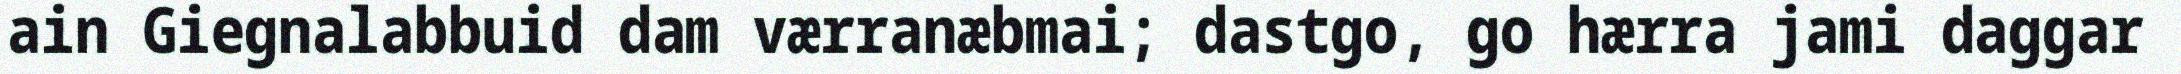
ain Giegnalabbuid dam værranæbmai; dastgo, go hærra jami daggar